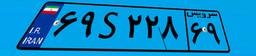
۶۹S۲۲۸۶۹